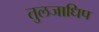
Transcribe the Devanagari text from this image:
तुलजाधिप